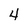
Character: 4